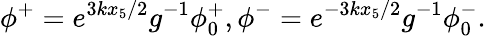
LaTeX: \phi^{+}=e^{3kx_{5}/2}g^{-1}\phi_{0}^{+},\phi^{-}=e^{-3kx_{5}/2}g^{-1}\phi_{0}^{-}.